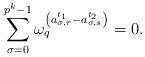
LaTeX: \begin{align*} \sum_{\sigma=0}^{p^{k}-1}\omega_q^{\left(a^{t_1}_{\sigma,r}-a^{t_2}_{\sigma,s}\right)}=0.\end{align*}